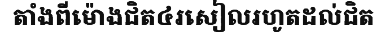
តាំងពីម៉ោងជិត៤រសៀលរហូតដល់ជិត